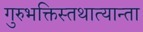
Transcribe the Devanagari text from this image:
गुरुभक्तिस्तथात्यान्ता